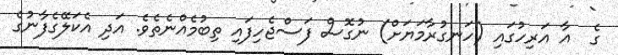
ގެ  އާ އަރިހުގައި (ހަނގުރާމަޔަށް) ނުގޮސް ފަސްޖެހިފައި ތިބުމެއްނެތެވެ. އަދި އެކަލޭގެފާނުގެ